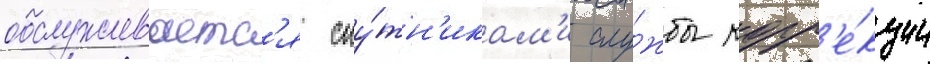
обслуживаетс'я спу́тн'икам'и слу́жбы корр'е́кции